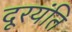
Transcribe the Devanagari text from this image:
दूरयंति